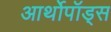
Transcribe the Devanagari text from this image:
आर्थोपॉड्स